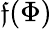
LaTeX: \mathfrak{f}(\Phi)